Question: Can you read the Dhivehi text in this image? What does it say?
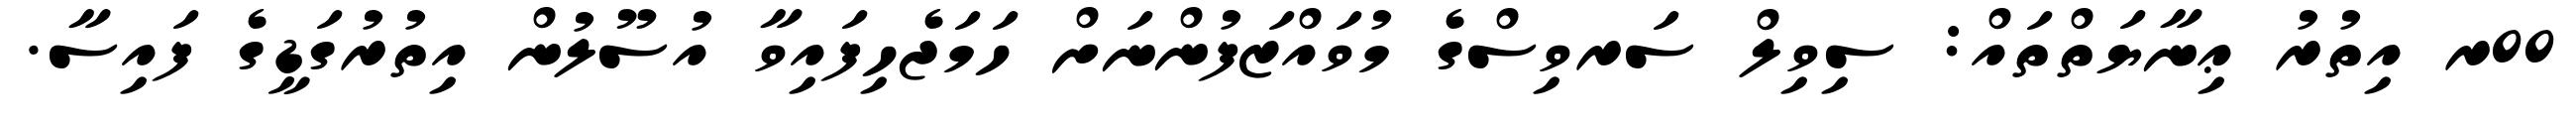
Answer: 00ރ އިތުރު ޢިނާޔަތްތައް: ސިވިލް ސަރވިސްގެ މުވައްޒަފުންނަށް ހަމަޖެހިފައިވާ އުސޫލުން އިތުރުގަޑީގެ ފައިސާ.